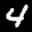
Label: 4